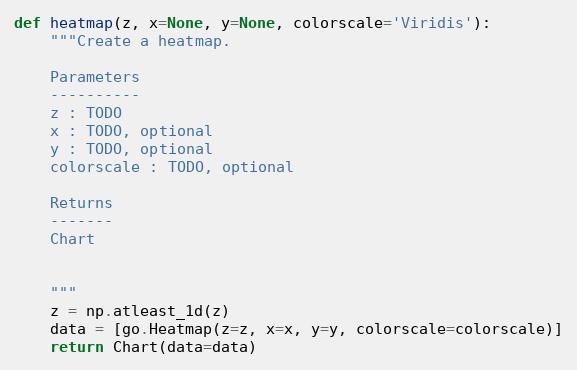
Language: Python
def heatmap(z, x=None, y=None, colorscale='Viridis'):
    """Create a heatmap.

    Parameters
    ----------
    z : TODO
    x : TODO, optional
    y : TODO, optional
    colorscale : TODO, optional

    Returns
    -------
    Chart

    """
    z = np.atleast_1d(z)
    data = [go.Heatmap(z=z, x=x, y=y, colorscale=colorscale)]
    return Chart(data=data)